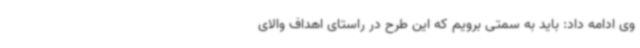
وی ادامه داد: باید به سمتی برویم که این طرح در راستای اهداف والای